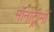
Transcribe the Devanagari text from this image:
मॉनोट्रीमों